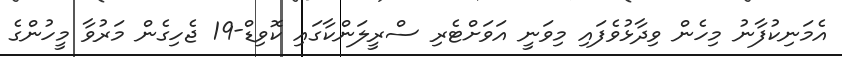
އެމަނިކުފާނު މިހެން ވިދާޅުވެފައި މިވަނީ އަވަށްޓެރި ސްރީލަންކާގައި ކޮވިޑް-19 ޖެހިގެން މަރުވާ މީހުންގެ